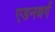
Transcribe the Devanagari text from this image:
एडनबर्ग